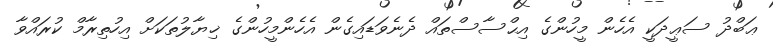
ޢަބްދު ސަޢީދަކީ އެހެން މީހުންގެ އިޙްސާސްތައް ދެނެވަޑައިގެން އެހެންމީހުންގެ ޚިޔާލުތަކަށް އިހުތިރާމް ކުރައްވާ